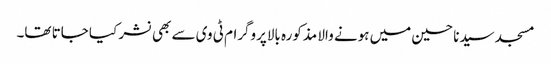
مسجد سیدنا حسین میں ہونے والا مذکورہ بالاپروگرام ٹی وی سے بھی نشر کیا جاتا تھا۔